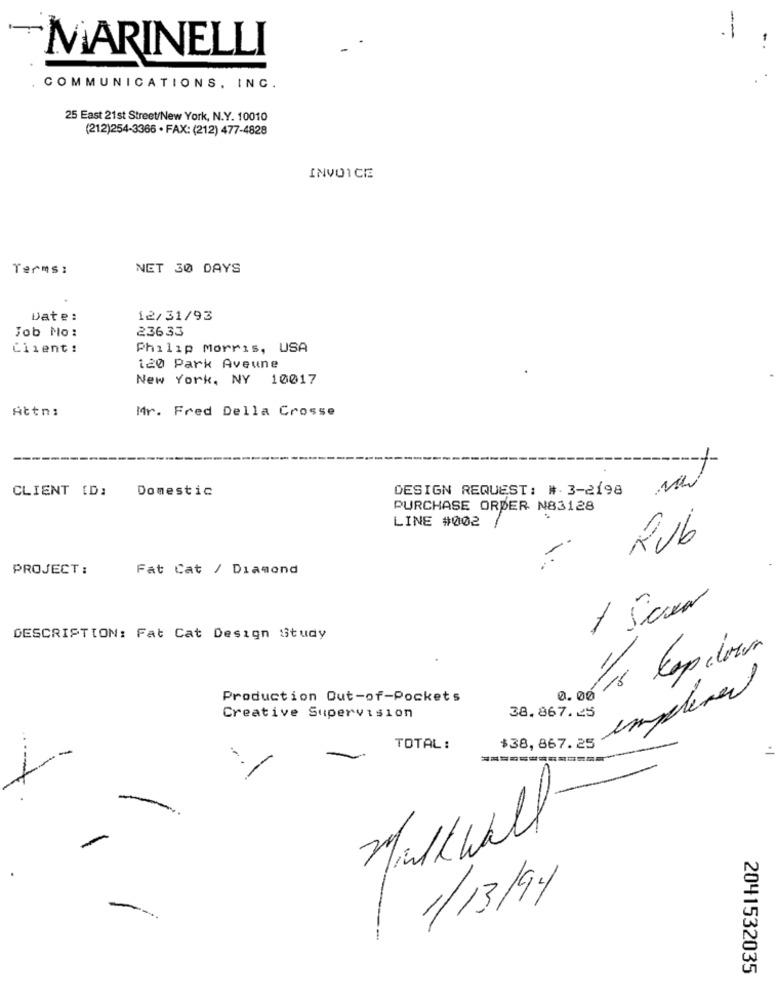
--
MARINELLI
COMMUNICATIONS, INC.
25 East 21st Street/New York, N.Y. 10010
(212)254-3366 · FAX: (212) 477-4828
INVOICE
Terms :
NET 30 DAYS
Date:
12/31/93
23633
Job No:
Client:
Philip Morris, USA
120 Park Aveune
New York, NY 10017
Attn:
Mr. Fred Della Crosse
CLIENT [D:
Domestic
DESIGN REQUEST: # 3-2198
PURCHASE ORDER N83128
LINE #002
KUb
-
PROJECT :
Fat Cat / Diamond
DESCRIPTION: Fat Cat Design Study
18 Copilour
1/
impleved
Production Out-of-Pockets
0. 00
Creative Supervision
38.867.25
TOTAL:
$38,867.25
..
Milkwall
1/13/94
2041532035